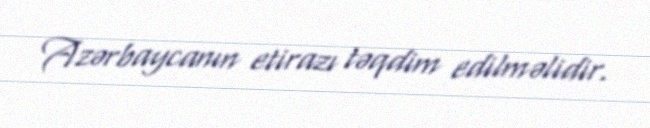
Azərbaycanın etirazı təqdim edilməlidir.